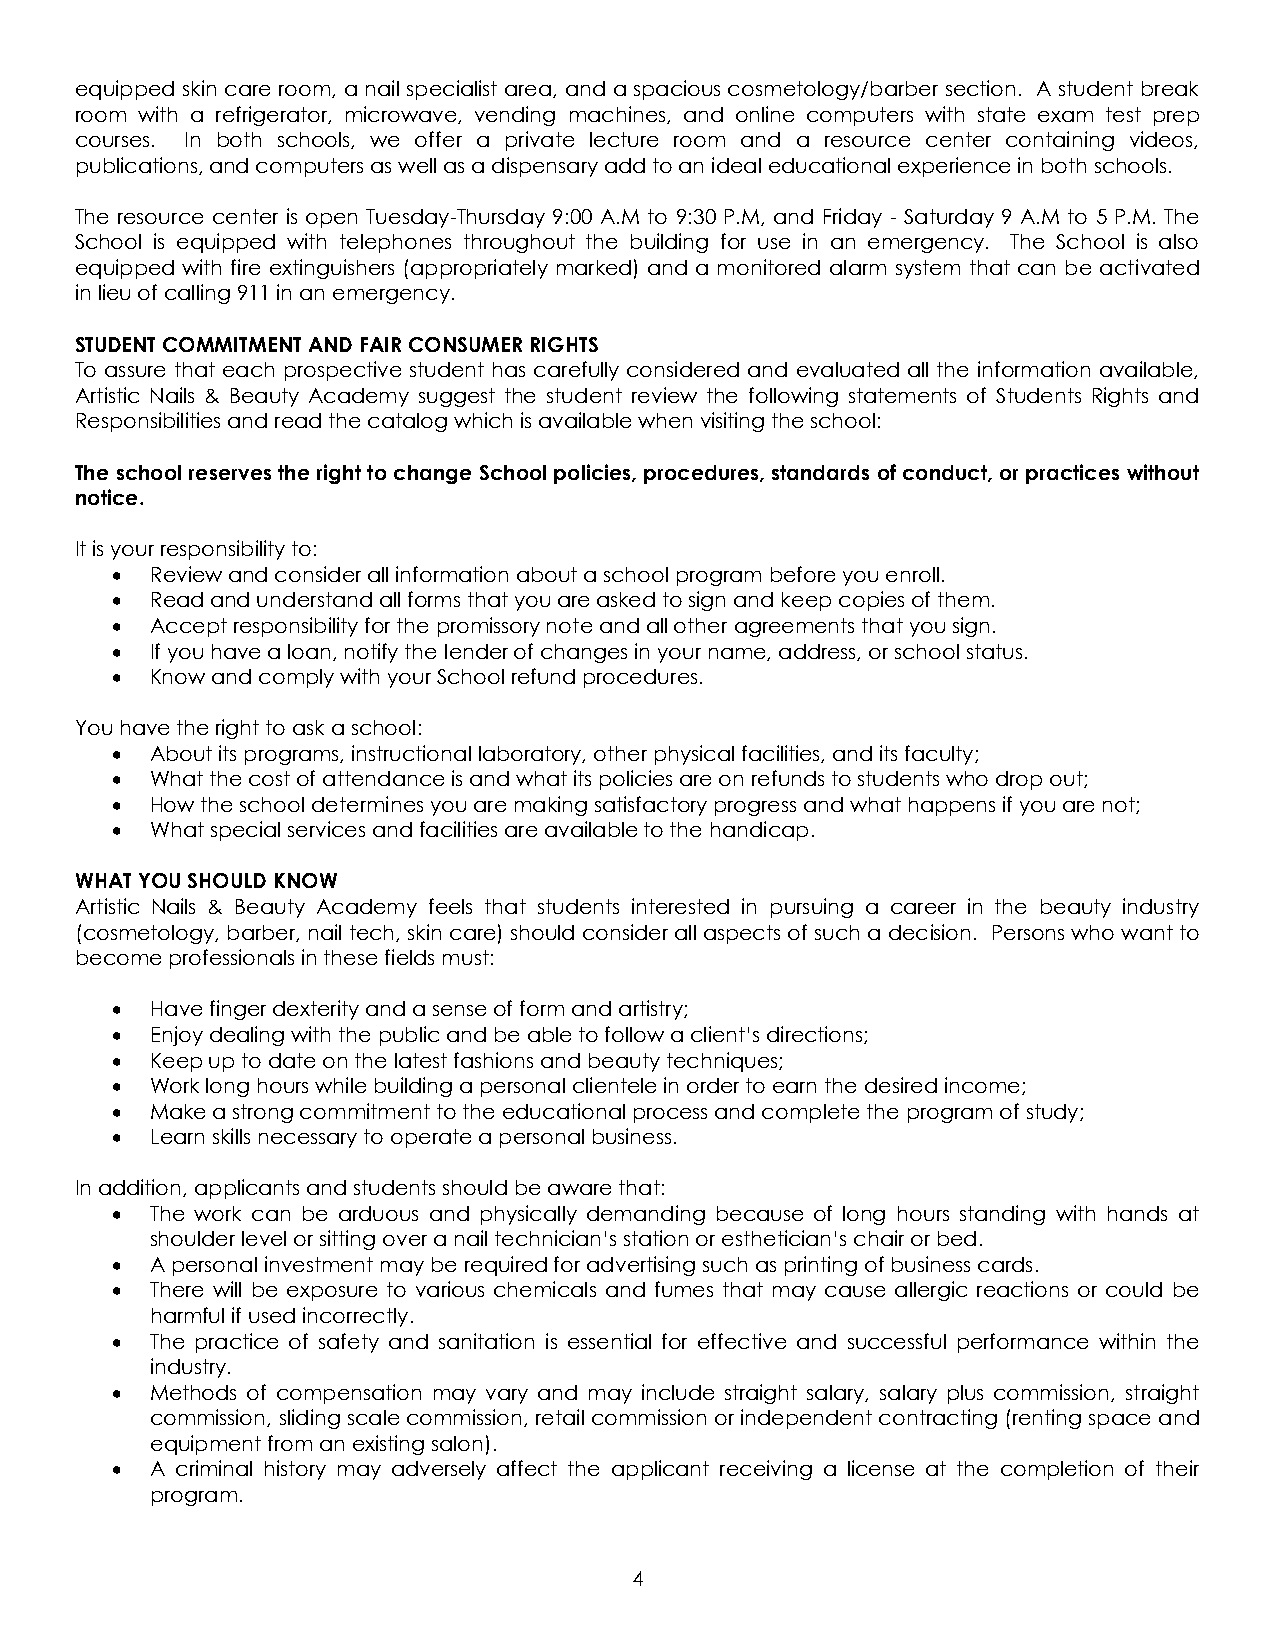
equipped skin care room, a nail specialist area, and a spacious cosmetology/barber section. A student break
 room with a refrigerator, microwave, vending machines, and online computers with state exam test prep
 courses. In both schools, we offer a private lecture room and a resource center containing videos,
 publications, and computers as well as a dispensary add to an ideal educational experience in both schools.
 The resource center is open Tuesday-Thursday 9:00 A.M to 9:30 P.M, and Friday - Saturday 9 A.M to 5 P.M. The
 School is equipped with telephones throughout the building for use in an emergency. The School is also
 equipped with fire extinguishers (appropriately marked) and a monitored alarm system that can be activated
 in lieu of calling 911 in an emergency.
 STUDENT COMMITMENT AND FAIR CONSUMER RIGHTS
 To assure that each prospective student has carefully considered and evaluated all the information available,
 Artistic Nails & Beauty Academy suggest the student review the following statements of Students Rights and
 Responsibilities and read the catalog which is available when visiting the school:
 The school reserves the right to change School policies, procedures, standards of conduct, or practices without
 notice.
 It is your responsibility to:
 •  Review and consider all information about a school program before you enroll.
 •  Read and understand all forms that you are asked to sign and keep copies of them.
 •  Accept responsibility for the promissory note and all other agreements that you sign.
 •  If you have a loan, notify the lender of changes in your name, address, or school status.
 •  Know and comply with your School refund procedures.
 You have the right to ask a school:
 •  About its programs, instructional laboratory, other physical facilities, and its faculty;
 •  What the cost of attendance is and what its policies are on refunds to students who drop out;
 •  How the school determines you are making satisfactory progress and what happens if you are not;
 •  What special services and facilities are available to the handicap.
 WHAT YOU SHOULD KNOW
 Artistic Nails & Beauty Academy feels that students interested in pursuing a career in the beauty industry
 (cosmetology, barber, nail tech, skin care) should consider all aspects of such a decision. Persons who want to
 become professionals in these fields must:
 •  Have finger dexterity and a sense of form and artistry;
 •  Enjoy dealing with the public and be able to follow a client’s directions;
 •  Keep up to date on the latest fashions and beauty techniques;
 •  Work long hours while building a personal clientele in order to earn the desired income;
 •  Make a strong commitment to the educational process and complete the program of study;
 •  Learn skills necessary to operate a personal business.
 In addition, applicants and students should be aware that:
 •  The work can be arduous and physically demanding because of long hours standing with hands at
 shoulder level or sitting over a nail technician’s station or esthetician’s chair or bed.
 •  A personal investment may be required for advertising such as printing of business cards.
 •  There will be exposure to various chemicals and fumes that may cause allergic reactions or could be
 harmful if used incorrectly.
 •  The practice of safety and sanitation is essential for effective and successful performance within the
 industry.
 •  Methods of compensation may vary and may include straight salary, salary plus commission, straight
 commission, sliding scale commission, retail commission or independent contracting (renting space and
 equipment from an existing salon).
 •  A criminal history may adversely affect the applicant receiving a license at the completion of their
 program.
 4